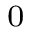
\l ^ { 0 }